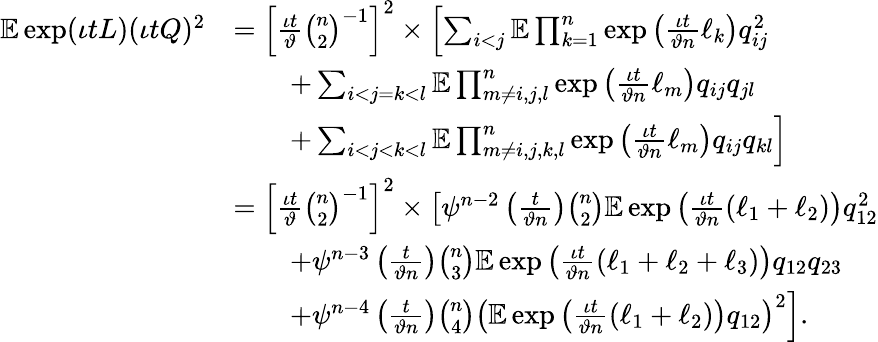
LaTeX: \begin{array}{rl}{\mathbb{E}\exp(\iota tL)(\iota tQ)^{2}}&{=\left[\frac{\iota t}{\vartheta}\binom{n}{2}^{-1}\right]^{2}\times\left[\sum_{i<j}\mathbb{E}\prod_{k=1}^{n}\exp\left(\frac{\iota t}{\vartheta n}\ell_{k}\right)q_{ij}^{2}\right.}\\ &{\qquad+\sum_{i<j=k<l}\mathbb{E}\prod_{m\neq i,j,l}^{n}\exp\left(\frac{\iota t}{\vartheta n}\ell_{m}\right)q_{ij}q_{jl}}\\ &{\qquad\left.+\sum_{i<j<k<l}\mathbb{E}\prod_{m\neq i,j,k,l}^{n}\exp\left(\frac{\iota t}{\vartheta n}\ell_{m}\right)q_{ij}q_{kl}\right]}\\ &{=\left[\frac{\iota t}{\vartheta}\binom{n}{2}^{-1}\right]^{2}\times\left[\psi^{n-2}\left(\frac{t}{\vartheta n}\right)\binom{n}{2}\mathbb{E}\exp\left(\frac{\iota t}{\vartheta n}(\ell_{1}+\ell_{2})\right)q_{12}^{2}\right.}\\ &{\qquad+\psi^{n-3}\left(\frac{t}{\vartheta n}\right)\binom{n}{3}\mathbb{E}\exp\left(\frac{\iota t}{\vartheta n}(\ell_{1}+\ell_{2}+\ell_{3})\right)q_{12}q_{23}}\\ &{\qquad\left.+\psi^{n-4}\left(\frac{t}{\vartheta n}\right)\binom{n}{4}\left(\mathbb{E}\exp\left(\frac{\iota t}{\vartheta n}(\ell_{1}+\ell_{2})\right)q_{12}\right)^{2}\right].}\end{array}